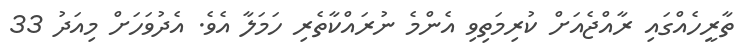
ތާރީހެއްގައި ރާއްޖެއަށް ކުރިމަތިވި އެންމެ ނުރައްކާތެރި ހަމަލާ އެވެ. އެދުވަހަށް މިއަދު 33